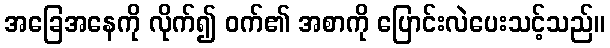
အခြေအနေကို လိုက်၍ ဝက်၏ အစာကို ပြောင်းလဲပေးသင့်သည်။